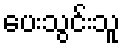
ပေးသွင်းသူ